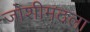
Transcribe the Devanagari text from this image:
जोशीमठला